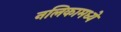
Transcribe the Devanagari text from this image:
नलिकामध्ये